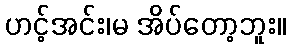
ဟင့်အင်း၊မ အိပ်တော့ဘူး။